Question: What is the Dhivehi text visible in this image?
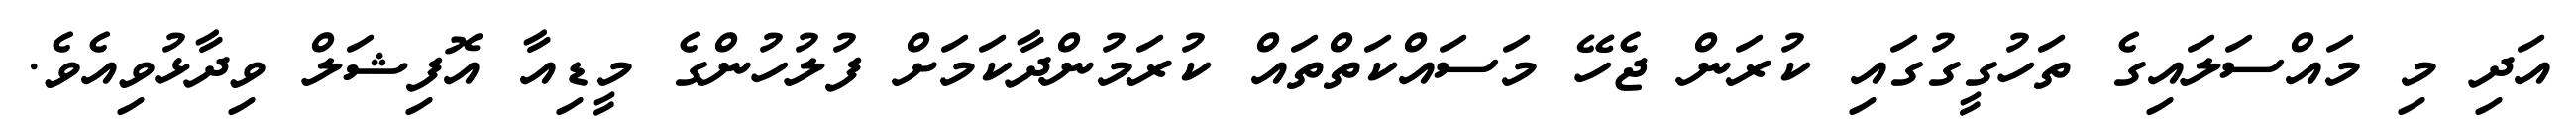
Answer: އަދި މި މައްސަލައިގެ ތަހުގީގުގައި ކުރަން ޖެހޭ މަސައްކަތްތައް ކުރަމުންދާކަމަށް ފުލުހުންގެ މީޑިއާ އޮފިޝަލް ވިދާޅުވިއެވެ.